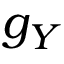
g _ { Y }